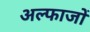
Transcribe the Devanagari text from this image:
अल्फाजों